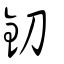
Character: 釖